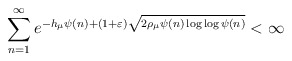
\begin{align*}\sum_{n=1}^\infty e^{-h_\mu\psi(n)+(1+\varepsilon)\sqrt{2\rho_\mu\psi(n)\log\log\psi(n)}}<\infty\end{align*}